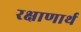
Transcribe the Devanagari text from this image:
रक्षाणार्थ